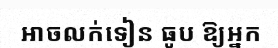
អាចលក់ទៀន ធូប ឱ្យអ្នក